Mental hospitals Bombay report 1929-33 - 1929-1933
Year: 1929
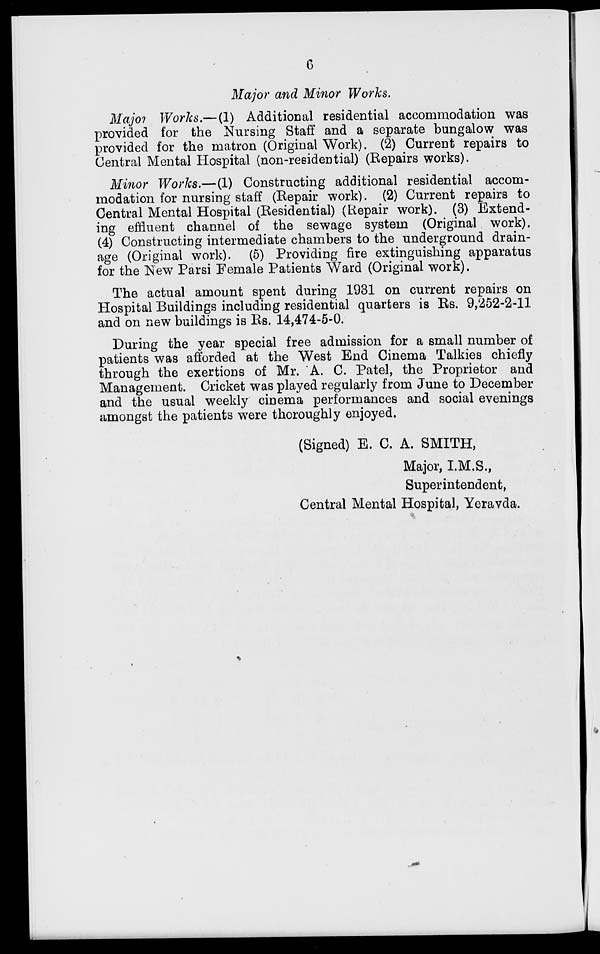
6
Major and Minor Works.
Major Works.—(1) Additional residential accommodation was
provided for the Nursing Staff and a separate bungalow was
provided for the matron (Original Work). (2) Current repairs to
Central Mental Hospital (non-residential) (Repairs works).
Minor Works.—(1) Constructing additional residential accom-
modation for nursing staff (Repair work). (2) Current repairs to
Central Mental Hospital (Residential) (Repair work). (3) Extend-
ing effluent channel of the sewage system (Original work).
(4) Constructing intermediate chambers to the underground drain-
age (Original work). (5) Providing fire extinguishing apparatus
for the New Parsi Female Patients Ward (Original work).
The actual amount spent during 1931 on current repairs on
Hospital Buildings including residential quarters is Rs. 9,252-2-11
and on new buildings is Rs. 14,474-5-0.
During the year special free admission for a small number of
patients was afforded at the West End Cinema Talkies chiefly
through the exertions of Mr. A. C. Patel, the Proprietor and
Management. Cricket was played regularly from June to December
and the usual weekly cinema performances and social evenings
amongst the patients were thoroughly enjoyed.
(Signed) E. C. A. SMITH,
Major, I.M.S.,
Superintendent,
Central Mental Hospital, Yeravda.